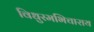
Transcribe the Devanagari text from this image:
विधुरमभिचाराय